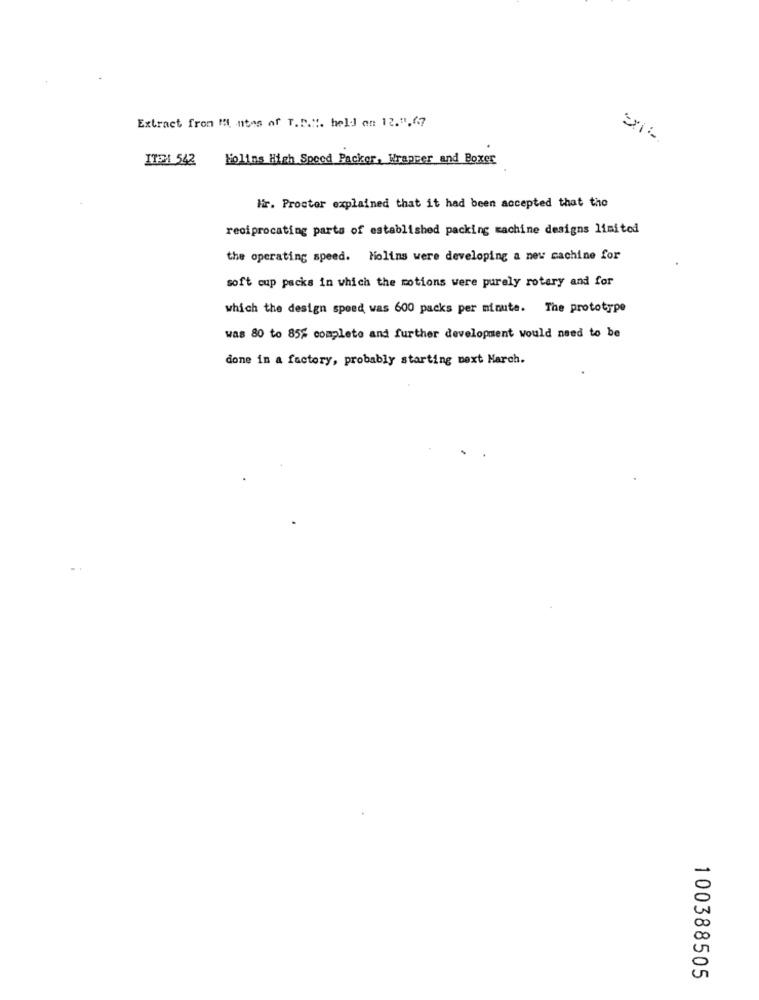
Extract from M ntes of T.P.M. held on 12.",67
Exit.
ITP1 542
Holins High Speed Packer, Wrapper and Boxer
Hir. Prostor explained that it had been accepted that the
reciprocating parts of established packing machine designs limited
the operating speed. Molins were developing a new cachine for
soft cup packs in which the motions were purely rotary and for
which the design speed was 600 packs per minute. The prototype
was 80 to 85% complete and further development would need to be
done in a factory, probably starting next March.
. .
100388505